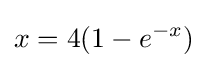
x=4(1-e^{-x})